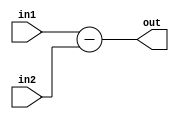
`timescale 1ns / 1ps
//////////////////////////////////////////////////////////////////////////////////
// Company: 
// Engineer: 
// 
// Design Name: 
// Module Name:    SUB 
// Project Name: 
// Target Devices: 
// Tool versions: 
// Description: 
//
// Dependencies: 
//
// Revision: 
// Revision 0.01 - File Created
// Additional Comments: 
//
//////////////////////////////////////////////////////////////////////////////////
module SUB(out,in1,in2);
input[15:0] in1,in2;
output reg [15:0] out;
always @(*)
out=in1-in2;
endmodule